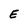
Character: E